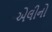
એલીનો